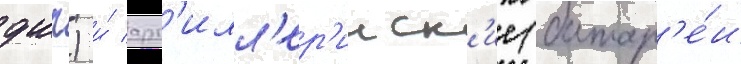
дшп) и́ арт'илл'ер'ииск'ие (батар'е́и